DOW-UAP-D49, Launch Summary, Vandenberg AFB, 2000
Agency: Department of War
Incident date: 2/3/00
Page 13
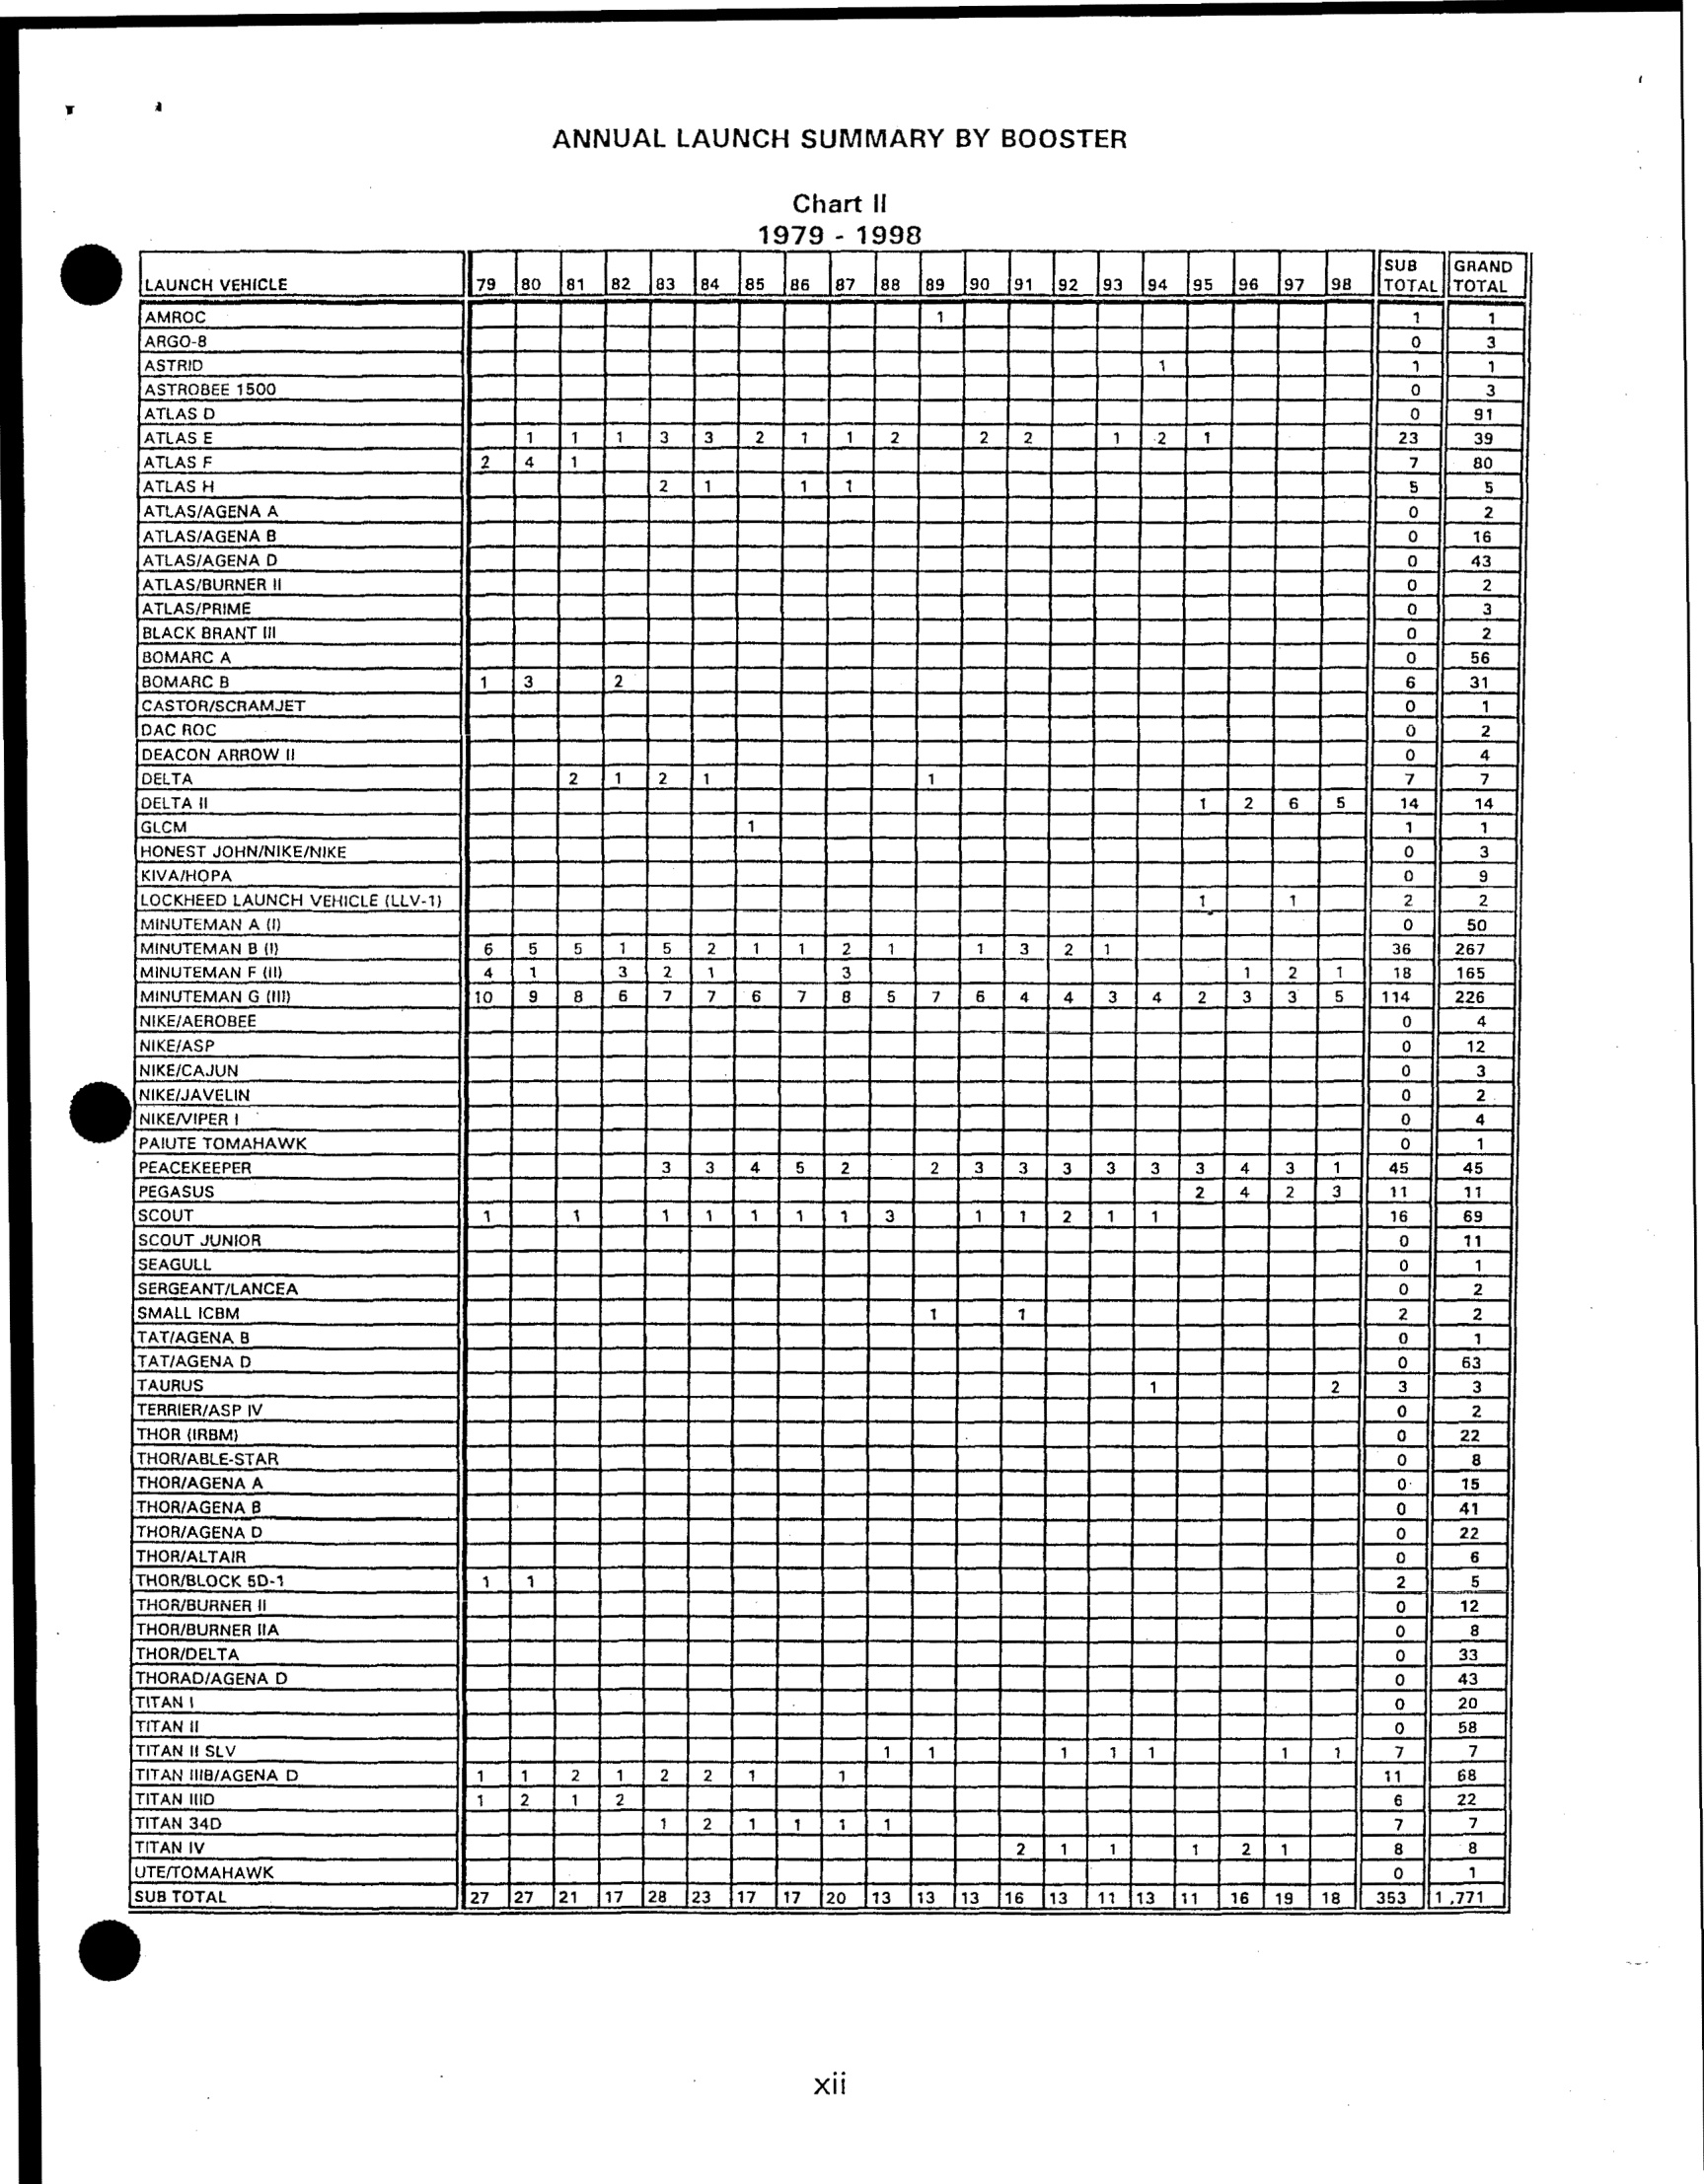